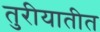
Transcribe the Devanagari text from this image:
तुरीयातीत